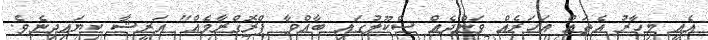
އެއީ މިހާރު އެތައް އަހަރެއް ވަންދެއް ސްކޫލުގައި ބާއްވާ ޕްރޮގްރާމެއް" އަރީޝާ ކިޔައިދިނެވެ.